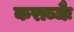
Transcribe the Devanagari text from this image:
कराब्जैः